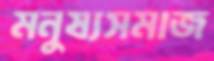
মনুষ্যসমাজ